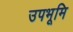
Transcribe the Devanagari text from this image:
उपभूमि